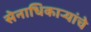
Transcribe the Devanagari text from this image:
सेनाधिकाऱ्यांचे